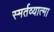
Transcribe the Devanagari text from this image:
स्मर्तव्यात्मा